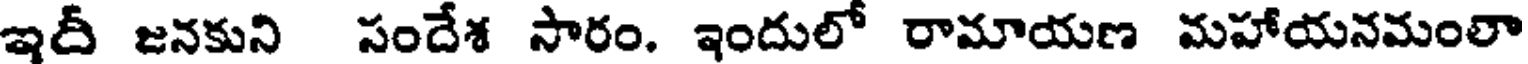
ఇదీ జనకుని సందేశ సారం. ఇందులో రామాయణ మహాయనమంలా